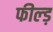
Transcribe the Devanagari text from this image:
फील्ड़